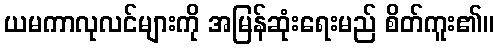
ယမကာလုလင်များကို အမြန်ဆုံးရေးမည် စိတ်ကူး၏။